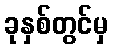
ခုနှစ်တွင်မှ